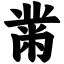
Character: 黹